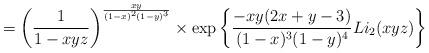
LaTeX: \begin{align*} = \left(\frac{1}{1-xyz} \right)^{\frac{xy}{(1-x)^2(1-y)^3}} \times \exp\left\{ \frac{-xy(2x+y-3)}{(1-x)^3(1-y)^4} Li_2(xyz) \right\}\end{align*}